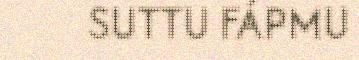
SUTTU FÁPMU